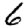
Digit: 6